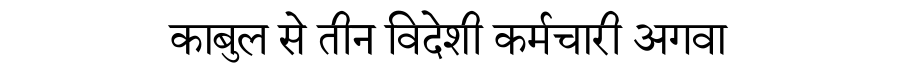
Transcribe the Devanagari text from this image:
काबुल से तीन विदेशी कर्मचारी अगवा